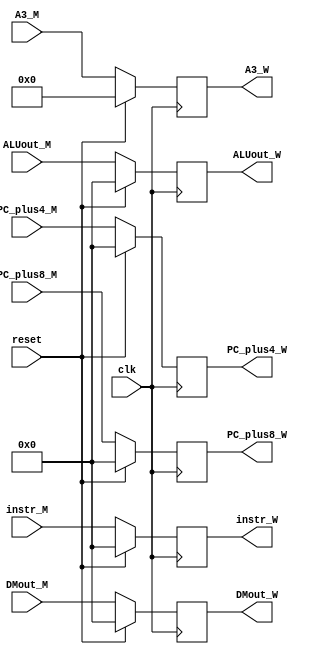
`timescale 1ns / 1ps
//////////////////////////////////////////////////////////////////////////////////
// Company: 
// Engineer: 
// 
// Design Name: 
// Module Name:    Register_M_W 
// Project Name: 
// Target Devices: 
// Tool versions: 
// Description: 
//
// Dependencies: 
//
// Revision: 
// Revision 0.01 - File Created
// Additional Comments: 
//
//////////////////////////////////////////////////////////////////////////////////
module Register_M_W(
    input clk,
    input reset,
	 
    input [31:0] instr_M,
    input [31:0] DMout_M,
    input [31:0] ALUout_M,
	 input [4:0] A3_M,
    input [31:0] PC_plus4_M,
    input [31:0] PC_plus8_M,
	 
    output [31:0] instr_W,
    output [31:0] DMout_W,
    output [31:0] ALUout_W,
	 output [4:0] A3_W,
    output [31:0] PC_plus4_W,
    output [31:0] PC_plus8_W
    );
    
    reg [31:0] instr;
    reg [31:0] memdata;
    reg [31:0] ALUresult;
	 reg [4:0] A3;
    reg [31:0] PCAdd4;
    reg [31:0] PCAdd8;

    assign instr_W = instr;
    assign DMout_W = memdata;
    assign ALUout_W = ALUresult;
	 assign A3_W = A3;
    assign PC_plus4_W = PCAdd4;
    assign PC_plus8_W = PCAdd8;
	 
	 initial begin
				instr <= 0;
            memdata <= 0;
            ALUresult <= 0;
				A3 <= 0;
            PCAdd4 <= 0;
            PCAdd8 <= 0;
	 end

    always @(posedge clk) begin
        if (reset) begin
            instr <= 0;
            memdata <= 0;
            ALUresult <= 0;
				A3 <= 0;
            PCAdd4 <= 0;
            PCAdd8 <= 0;
        end
        else if (reset == 0) begin
            instr <= instr_M;
            memdata <= DMout_M;
            ALUresult <= ALUout_M;
				A3 <= A3_M;
            PCAdd4 <= PC_plus4_M;
            PCAdd8 <= PC_plus8_M;
        end
    end



endmodule